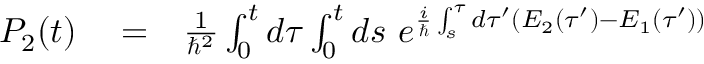
\begin{array} { r l r } { P _ { 2 } ( t ) } & { { } = } & { \frac { 1 } { \hbar ^ { 2 } } \int _ { 0 } ^ { t } d \tau \int _ { 0 } ^ { t } d s \ e ^ { \frac { i } { \hbar } \int _ { s } ^ { \tau } d \tau ^ { \prime } ( E _ { 2 } ( \tau ^ { \prime } ) - E _ { 1 } ( \tau ^ { \prime } ) ) } } \end{array}